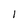
Character: I